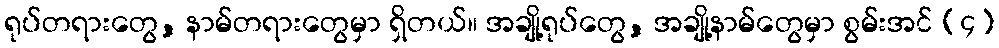
ရုပ်တရားတွေ, နာမ်တရားတွေမှာ ရှိတယ်။ အချို့ရုပ်တွေ, အချို့နာမ်တွေမှာ စွမ်းအင် (၄)